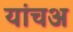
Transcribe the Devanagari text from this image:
यांचअ